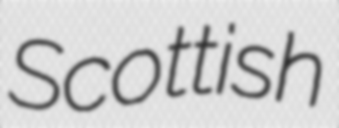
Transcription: Scottish